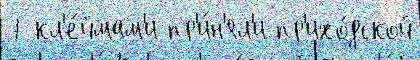
7 кл'е́ймам'и пр'и́н'ял'и пр'ихо́дской